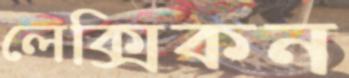
লেক্সিকন